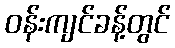
ဝန်းကျင်ခန့်တွင်